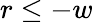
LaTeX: r\leq-w